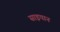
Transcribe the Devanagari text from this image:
साइपान